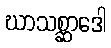
ဃာသစ္ဆာဒေါ